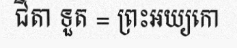
ជីតា ទួត = ព្រះអយ្យកោ